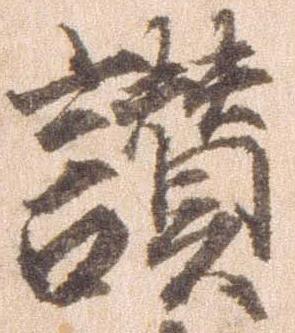
讃